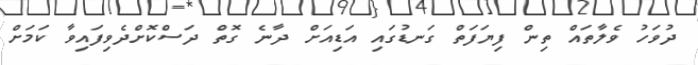
ދުވަހު ވެލާތައް ތިން ފިޔަފަތް ގަނޑުގައި އަޑިއަށް ދާނެ ގޮތް ދަސްކޮށްދެވިފައިވާ ކަމަށް